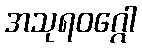
အသုရဝဂ္ဂေါ